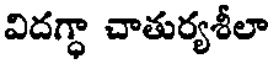
విదగ్ధా చాతుర్యశీలా